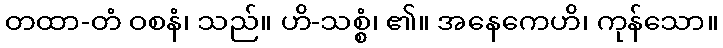
တထာ-တံ ဝစနံ၊ သည်။ ဟိ-သစ္စံ၊ ၏။ အနေကေဟိ၊ ကုန်သော။